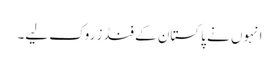
انہوں نے پاکستان کے فنڈز روک لیے۔